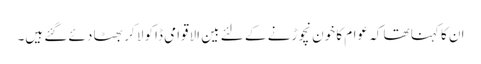
ان کا کہنا تھا کہ عوام کا خون نچوڑنے کے لئے بین الاقوامی ڈاکو لا کر بھٹا دئے گئے ہیں۔